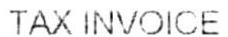
TAX INVOICE